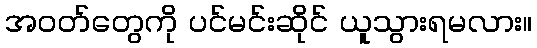
အဝတ်တွေကို ပင်မင်းဆိုင် ယူသွားရမလား။